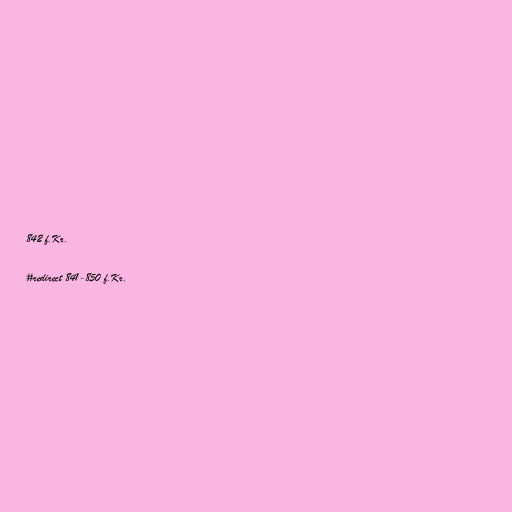
842 f.Kr.

#redirect 841-850 f.Kr.